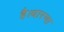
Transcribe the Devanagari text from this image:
है।धारणा